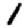
Digit: 1